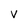
Character: V